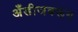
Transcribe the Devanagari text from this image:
अँडीजवरून